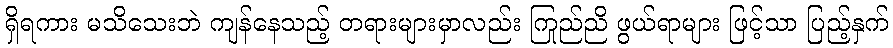
ရှိရကား မသိသေးဘဲ ကျန်နေသည့် တရားများမှာလည်း ကြည်ညို ဖွယ်ရာများ ဖြင့်သာ ပြည့်နှက်